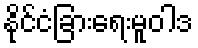
နိုင်ငံခြားရေးမူဝါဒ